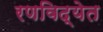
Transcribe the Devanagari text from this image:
रणविद्येत